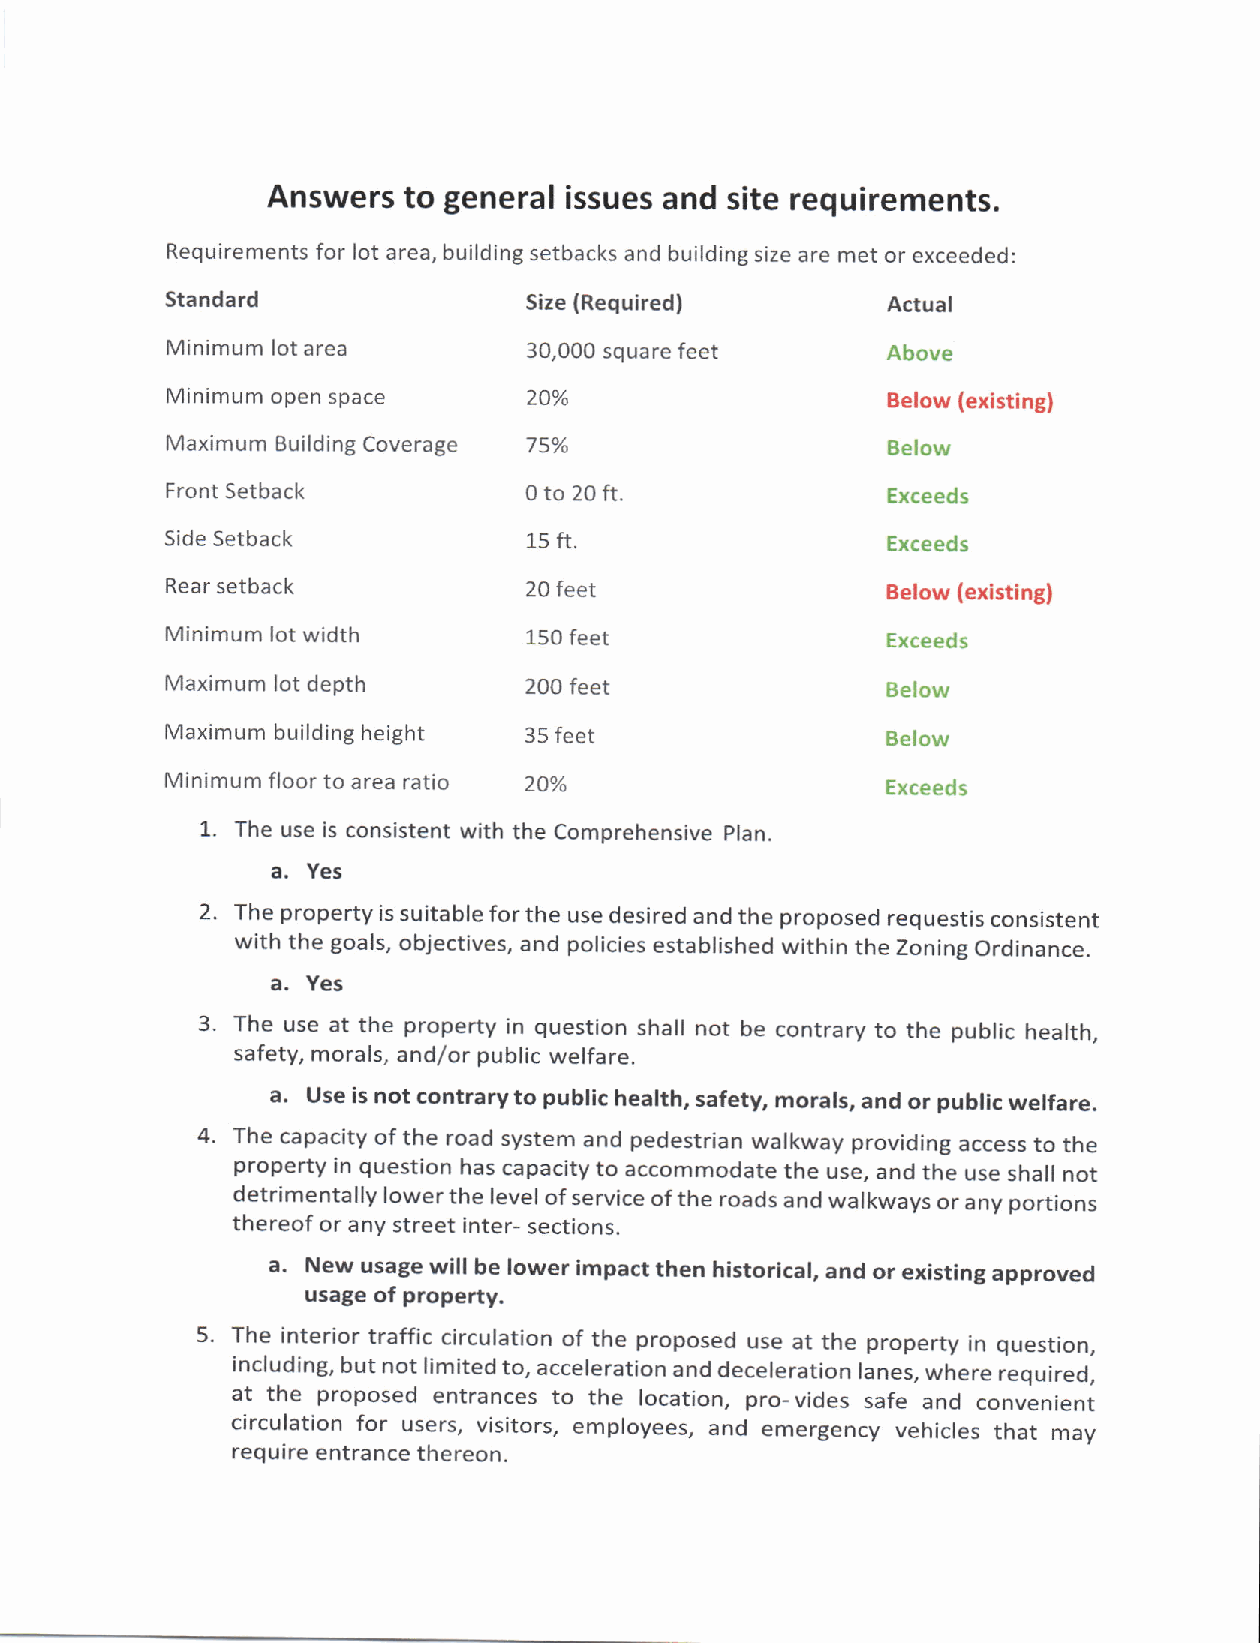
Answers  to general issues and site requirements.
 Requirements for lot area, building setbacks and building size are met or exceeded:
 Standard                Size (Required)         Actual
 Minimum lot area        30,000 square feet      Above
 Minimum open space      20%                     Below (existing)
 Maximum Building Coverage 7 5o/o                Below
 Front Setback           0 to 20 ft.             Exce ed s
 Side Setback            15 ft.                  Exce ed s
 Rear setback            zu teet                 Below (existing)
 Minimum lot width       150 feet                Exceed s
 Maximum lot depth       200 feet                Below
 Maximum building height 35 feet                 Below
 Minimum floor to area ratio 20%                 Exce ed s
 1.
 The use is consistent with the Comprehensive Plan.
 a.
 Yes
 2. The property is suitable for the use desired and the proposed requestis consistent
 with the goals, objectives, and policies established within the Zoning ordinance.
 a.
 Yes
 3. The use at the property in question shall not be contrary to the public health,
 safety, morals, and/or public welfare.
 a.
 Use is not contrary to public health, safety, morals, and or public welfare.
 4. The capacity ofthe road system and pedestrian walkway providing access to the
 property in question has capacity to accommodate the use, and the use shall not
 detrimentally lower the level of service of the roads and walkways or any portions
 thereof or any street inter- sections.
 a.
 New usage will be lower impact then historical, and or existing approved
 usage of property.
 5. The interior traffic circulation of the proposed use at the property in question,
 including, but not limited to, acceleration and deceleration lanes, where required,
 at the proposed entrances to the location, pro-vides safe and convenient
 circulation for users, visitors, employees, and emergency vehicles that mav
 require entrance thereon.